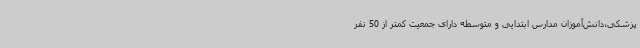
پزشکی،دانش‌آموزان مدارس ابتدایی و متوسطه دارای جمعیت کمتر از 50 نفر